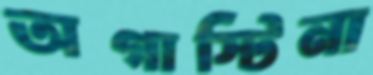
অগাস্টিনা